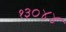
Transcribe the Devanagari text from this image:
१३०४४